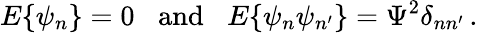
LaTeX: E\{ \psi_{n}\} =0\; \; \; \mathrm{and}\; \; \; E\{ \psi_{n}\psi_{n^{\prime}}\} =\Psi^{2}\delta_{nn^{\prime}}\, .